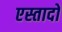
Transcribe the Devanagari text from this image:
एस्तादो